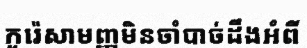
កូរ៉េសាមញ្ញមិនចាំបាច់ដឹងអំពី